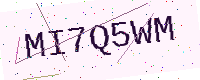
Text: MI7Q5WM